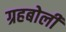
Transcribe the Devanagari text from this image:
ग्रहबोली